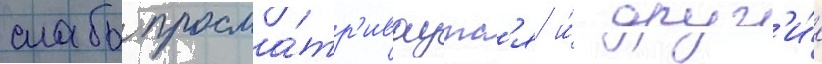
слабо просма́тр'иваутс'я и́ друг'и́е